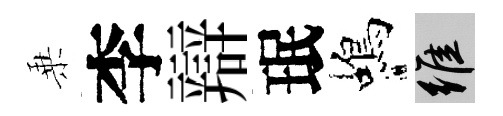
乗李辯珉蝎維